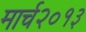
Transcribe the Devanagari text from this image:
मार्च२०१३